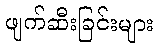
ဖျက်ဆီးခြင်းများ